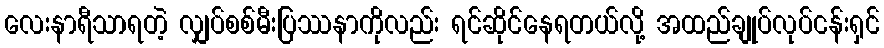
လေးနာရီသာရတဲ့ လျှပ်စစ်မီးပြဿနာကိုလည်း ရင်ဆိုင်နေရတယ်လို့ အထည်ချုပ်လုပ်ငန်းရှင်